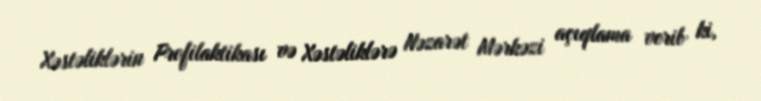
Xəstəliklərin Profilaktikası və Xəstəliklərə Nəzarət Mərkəzi açıqlama verib ki,